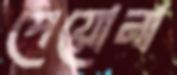
পেয়োনা